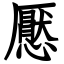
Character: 懕